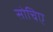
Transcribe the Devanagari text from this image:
सोचिए